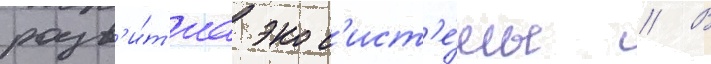
разв'и́т'иа экос'ист'е́мы // В